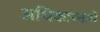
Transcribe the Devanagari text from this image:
अधिकारनामे